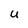
Character: U